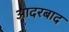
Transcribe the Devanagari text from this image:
आदरबाद